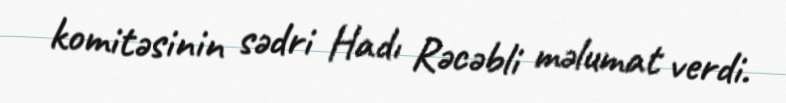
komitəsinin sədri Hadı Rəcəbli məlumat verdi.